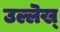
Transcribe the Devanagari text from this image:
उल्लॆख्